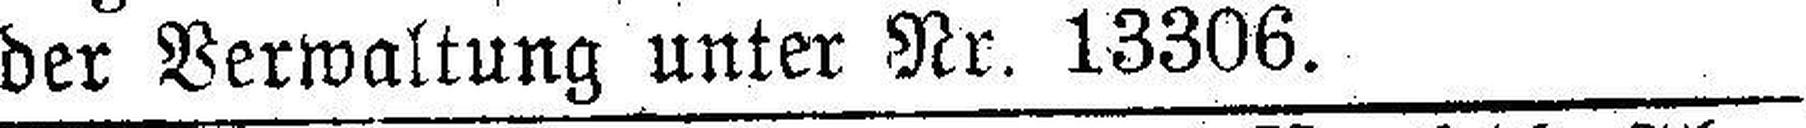
der Verwaltung unter Nr. 13306.